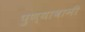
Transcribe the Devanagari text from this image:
पुण्याबानी